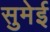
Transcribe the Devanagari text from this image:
सुमेई